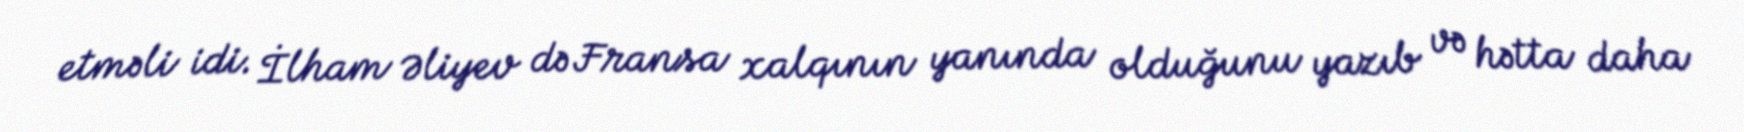
etməli idi. İlham Əliyev də Fransa xalqının yanında olduğunu yazıb və hətta daha